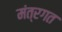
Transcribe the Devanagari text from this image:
मंत्रगत